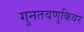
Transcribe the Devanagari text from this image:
गुनतवणुकिवर